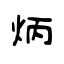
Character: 炳